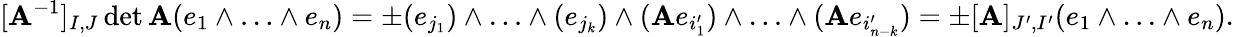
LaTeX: [\mathbf{A}^{-1}]_{I,J}\operatorname*{det}\mathbf{A}(e_{1}\wedge\ldots\wedge e_{n})=\pm(e_{j_{1}})\wedge\ldots\wedge(e_{j_{k}})\wedge(\mathbf{A}e_{i_{1}^{\prime}})\wedge\ldots\wedge(\mathbf{A}e_{i_{n-k}^{\prime}})=\pm[\mathbf{A}]_{J^{\prime},I^{\prime}}(e_{1}\wedge\ldots\wedge e_{n}).